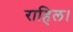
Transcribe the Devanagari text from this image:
राहिल।